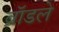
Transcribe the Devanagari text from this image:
ब्रॉडले